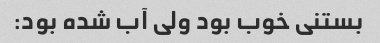
بستنی خوب بود ولی آب شده بود: